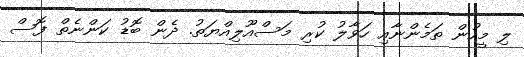
ލި މީހުން ތަމެންނާއި ހަވާލު ކުރި މަސްއޫލިއްޔަތު. ދެން ބޮޑު ކަންނެތް ފޮސް